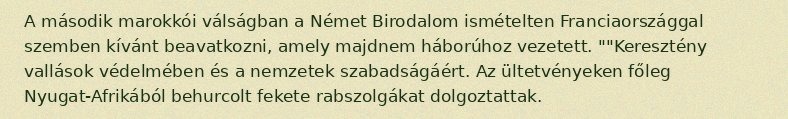
A második marokkói válságban a Német Birodalom ismételten Franciaországgal szemben kívánt beavatkozni, amely majdnem háborúhoz vezetett. ""Keresztény vallások védelmében és a nemzetek szabadságáért. Az ültetvényeken főleg Nyugat-Afrikából behurcolt fekete rabszolgákat dolgoztattak.